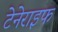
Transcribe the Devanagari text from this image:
टेनेराइफ